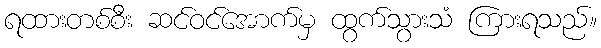
ရထားတစ်စီး ဆင်ဝင်အောက်မှ ထွက်သွားသံ ကြားရသည်။